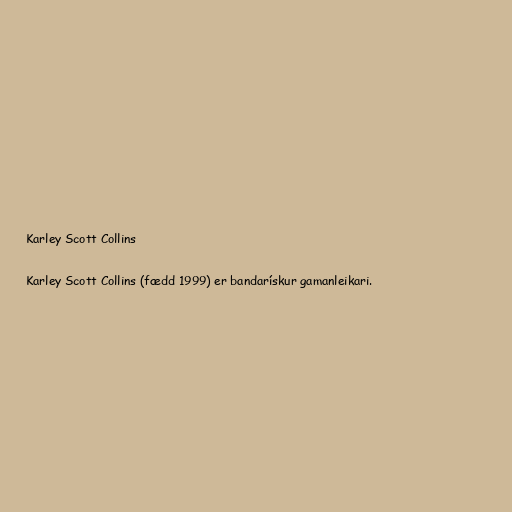
Karley Scott Collins

Karley Scott Collins (fædd 1999) er bandarískur gamanleikari.